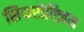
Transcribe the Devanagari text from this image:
सिफरोक्ज़िम